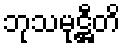
ဘုသမုဋ္ဌီတိ